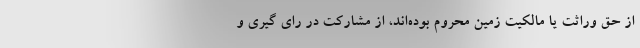
از حق وراثت یا مالکیت زمین محروم بوده‌اند، از مشارکت در رای گیری و